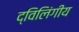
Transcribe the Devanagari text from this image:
द्विलिंगीय